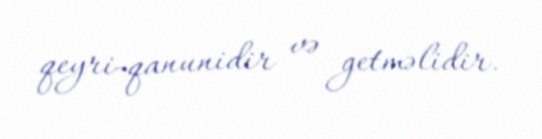
qeyri-qanunidir və getməlidir.